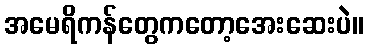
အမေရိကန်တွေကတော့အေးဆေးပဲ။